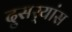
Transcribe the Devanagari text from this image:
दुसर्‍यांस